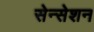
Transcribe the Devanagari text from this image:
सेन्सेशन